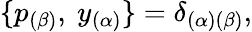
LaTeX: \{ p_{(\beta)},\ {y}_{(\alpha)}\} =\delta_{(\alpha)(\beta)},